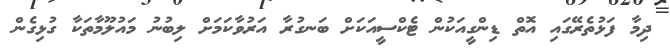
ދިމާ ފަޅުތެރޭގައި އޮތް ޑިންގީއަކުން ޓެކްސީއަކަށް ބަނގުރާ އަރުވާކަމަށް ލިބުނު މައުލޫމާތަކާ ގުޅިގެން